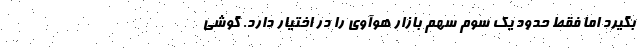
بگیرد اما فقط حدود یک سوم سهم بازار هوآوی را در اختیار دارد. گوشی